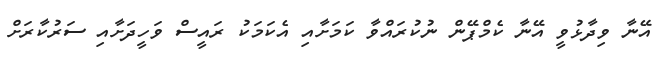
އޭނާ ވިދާޅުވީ އޭނާ ކެމްޕޭން ނުކުރައްވާ ކަމަށާއި އެކަމަކު ރައީސް ވަހީދަށާއި ސަރުކާރަށް